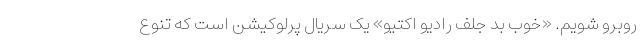
روبرو شویم. «خوب بد جلف رادیو اکتیو» یک سریال پرلوکیشن است که تنوع